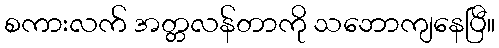
စကားလက် အတ္တလန်တာကို သဘောကျနေပြီ။